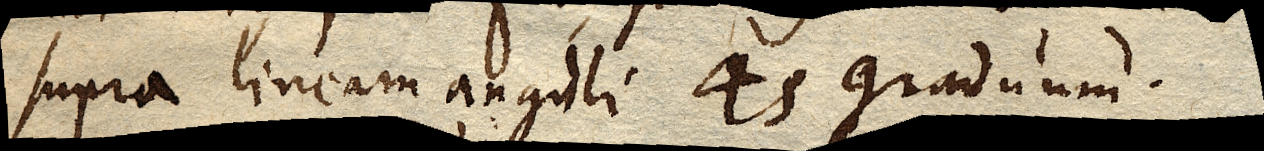
supra lineam anguli 45 graduum.